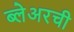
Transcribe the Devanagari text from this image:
ब्लेअरची